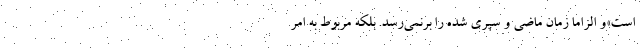
است»و الزاماً زمان ماضی و سپری شده را برنمی‌رسد. بلکه مربوط به امر